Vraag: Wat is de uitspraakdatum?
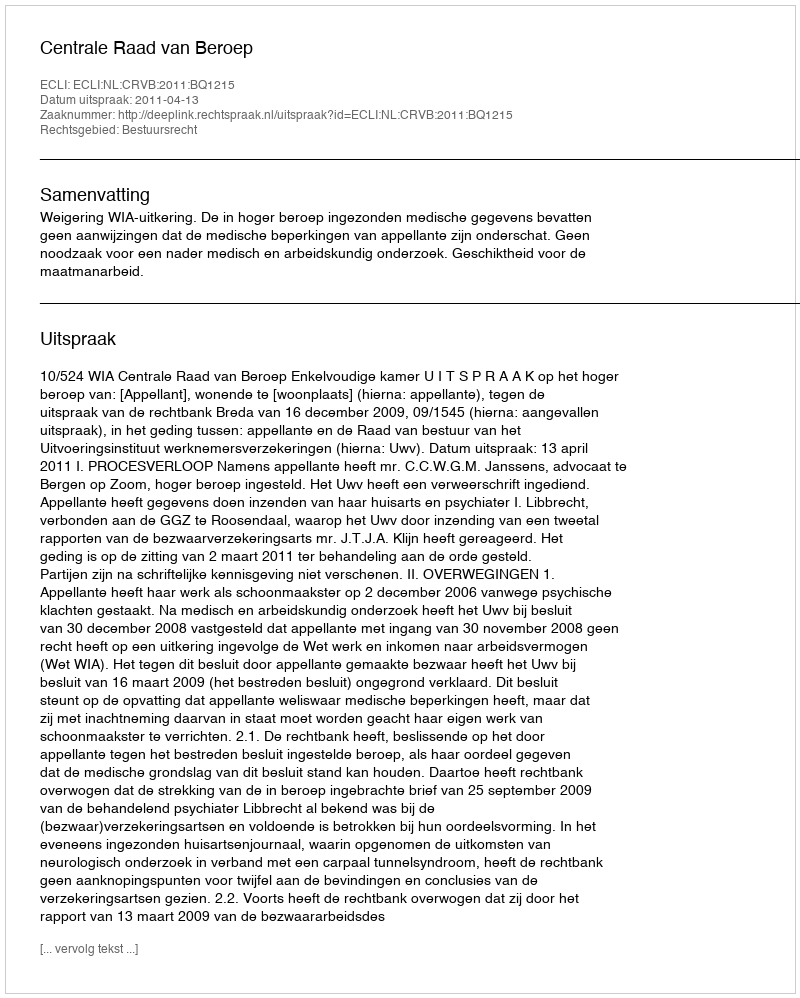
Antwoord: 2011-04-13